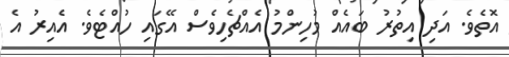
އޮތެވެ. އަދި އިތުރު ބައެއް މުުހިންމު އެއްޗެހިވެސް އޭގައި ހުއްޓެވެ. އެއިރު އެ